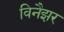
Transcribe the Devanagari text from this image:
विनैझर